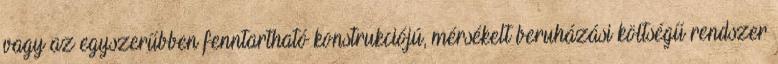
vagy az egyszerűbben fenntartható konstrukciójú, mérsékelt beruházási költségű rendszer